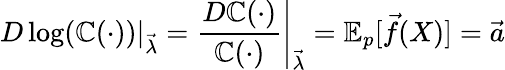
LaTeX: D\log(\mathbb{C}(\cdot))\vert_{\vec{{\lambda}}}=\left.{\frac{{D\mathbb{C}(\cdot)}}{{\mathbb{C}(\cdot)}}}\right|_{\vec{{\lambda}}}=\mathbb{{E}}_{p}[{\vec{{f}}}(X)]={\vec{{a}}}